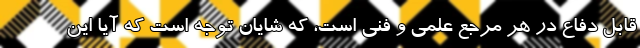
قابل دفاع در هر مرجع علمی و فنی است، که شایان توجه است که آیا این